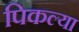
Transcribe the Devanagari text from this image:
पिकल्या